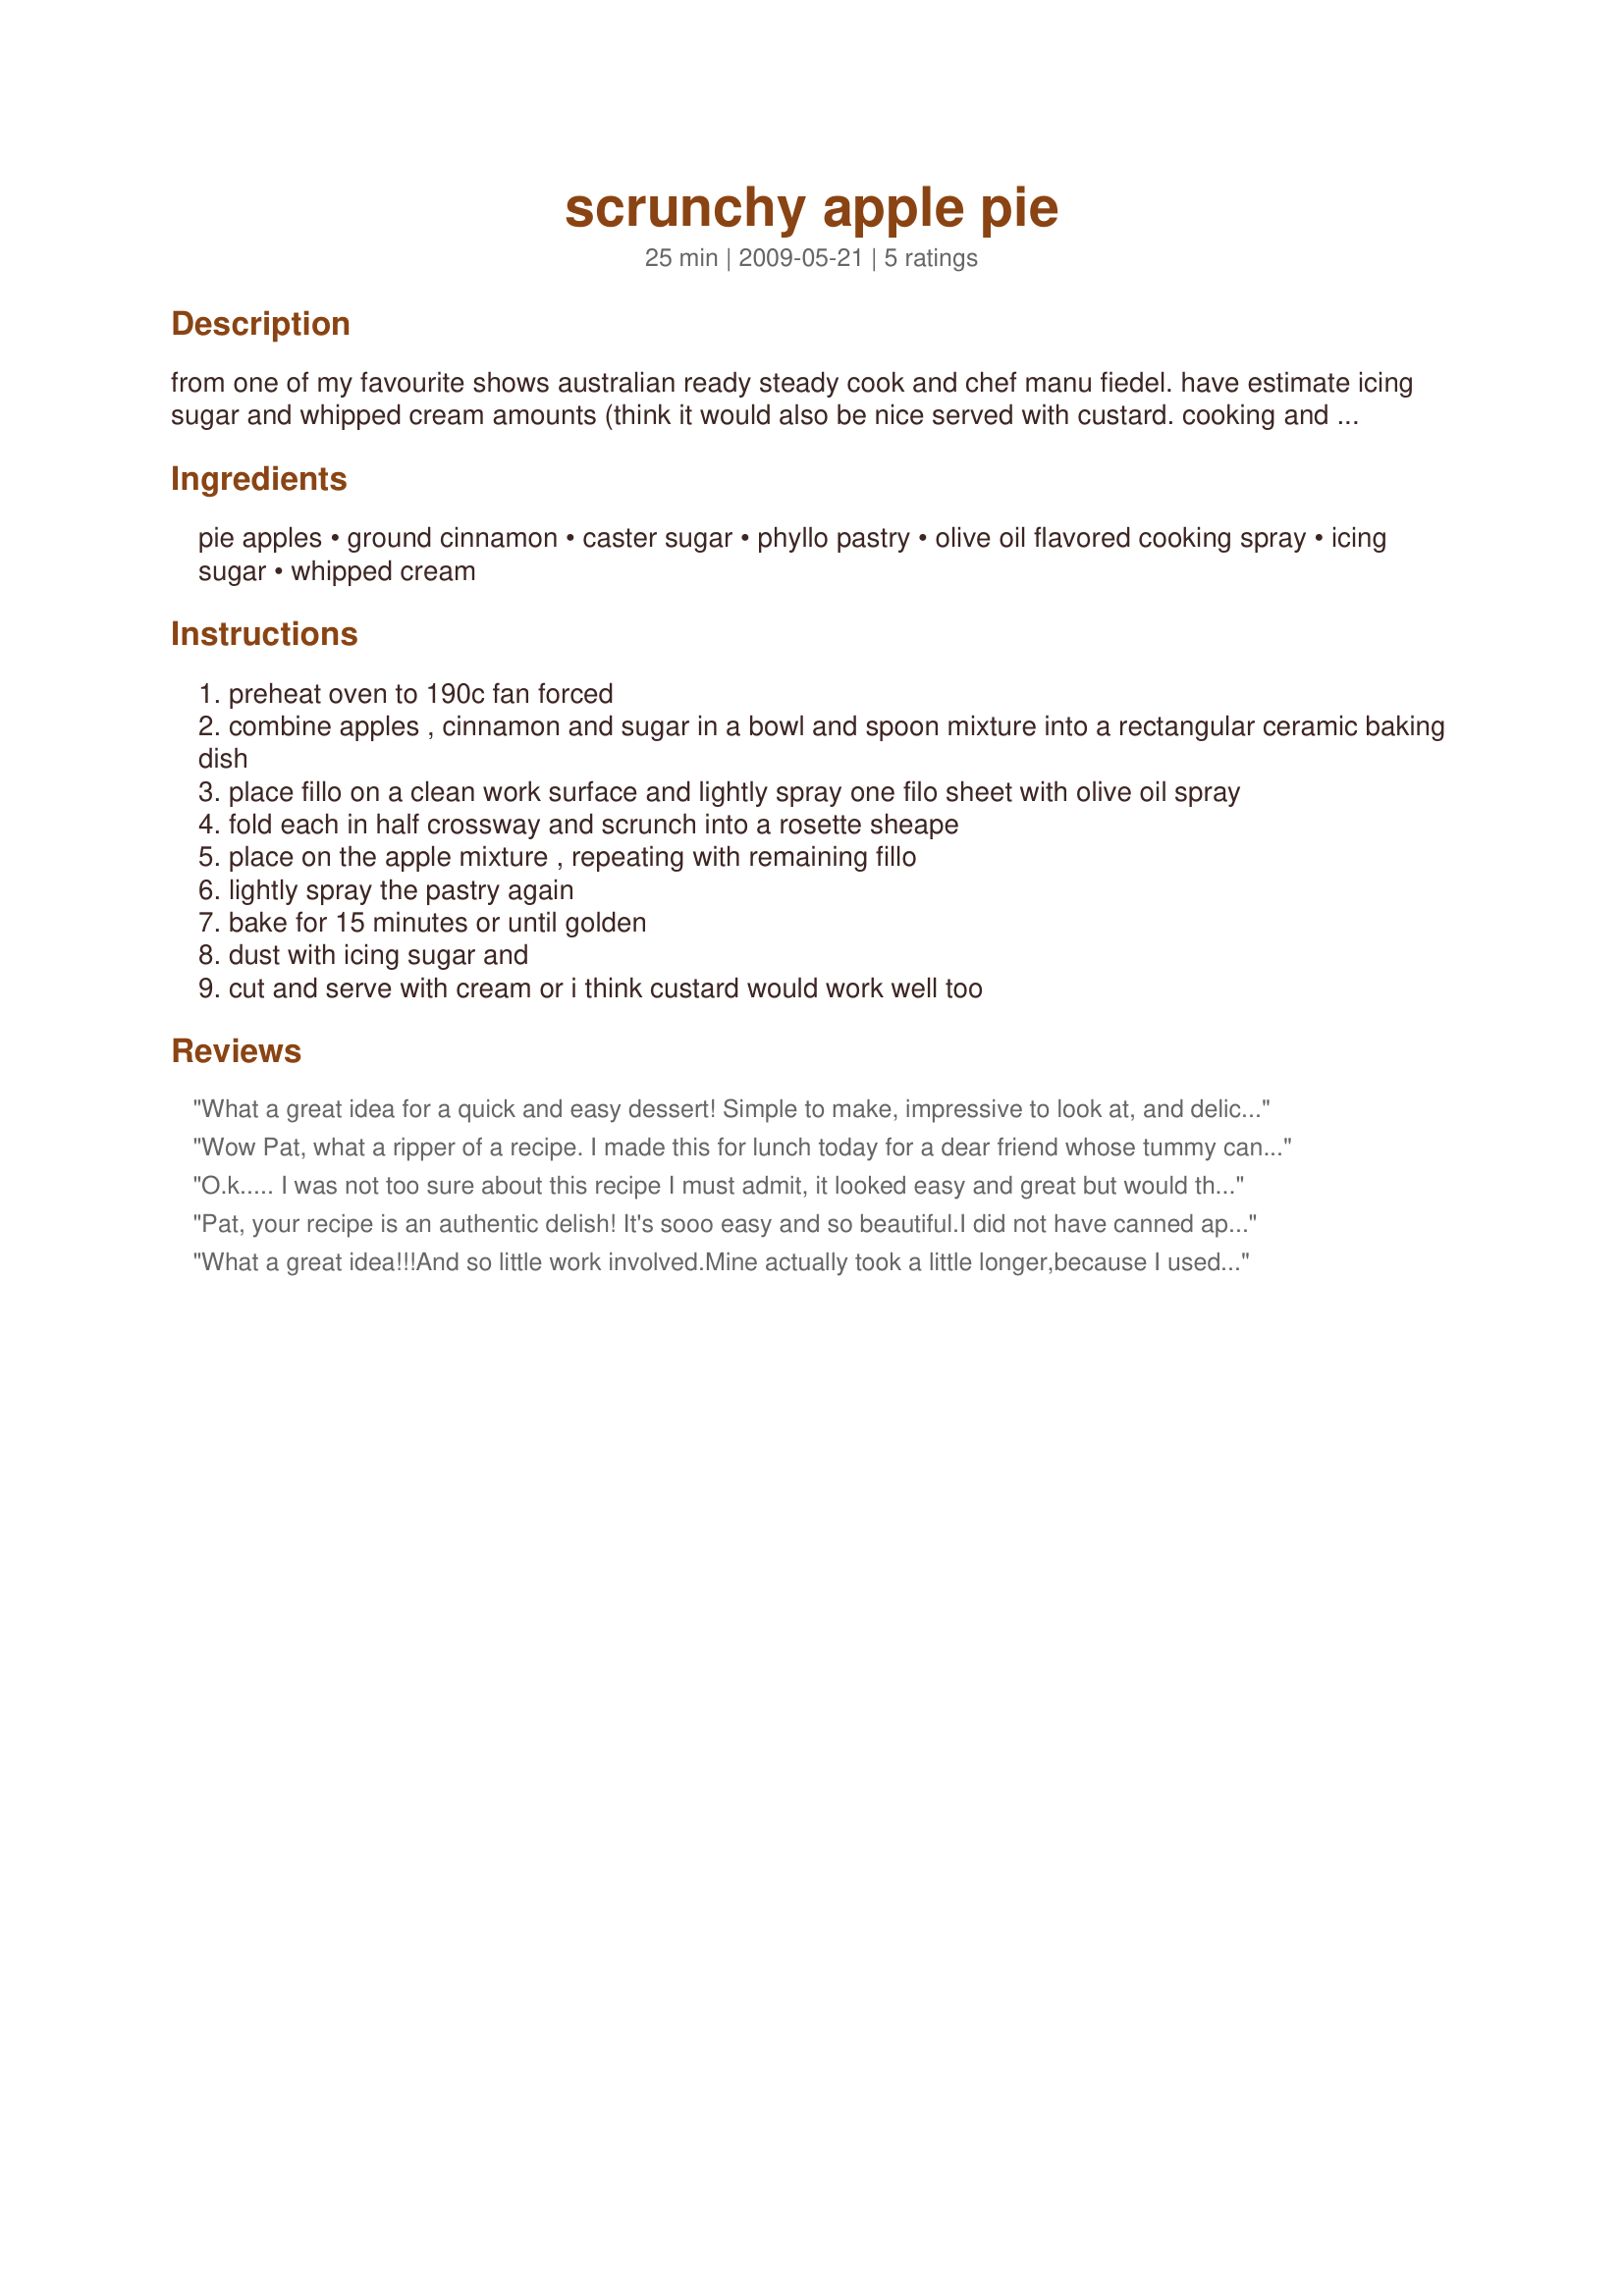
scrunchy apple pie
Preparation time: 25 minutes

from one of my favourite shows australian ready steady cook and chef manu fiedel. have estimate icing sugar and whipped cream amounts (think it would also be nice served with custard. cooking and preparation times are estimated.

Ingredients:
pie apples, ground cinnamon, caster sugar, phyllo pastry, olive oil flavored cooking spray, icing sugar, whipped cream

Steps:
preheat oven to 190c fan forced
combine apples , cinnamon and sugar in a bowl and spoon mixture into a rectangular ceramic baking dish
place fillo on a clean work surface and lightly spray one filo sheet with olive oil spray
fold each in half crossway and scrunch into a rosette sheape
place on the apple mixture , repeating with remaining fillo
lightly spray the pastry again
bake for 15 minutes or until golden
dust with icing sugar and
cut and serve with cream or i think custard would work well too

Reviews:
What a great idea for a quick and easy dessert! Simple to make, impressive to look at, and delicious. I'm sure any flavor of pie filling would be great with this. Served warm with vanilla ice cream and really enjoyed - thanks for posting the recipe!
Wow Pat, what a ripper of a recipe. I made this for lunch today for a dear friend whose tummy can't cope with regular pastry anymore. I added some wild blackberries we had in the freezer and we ate it with custard. I had a 800g can of apples and managed to use all the filo.
O.k..... I was not too sure about this recipe I must admit, it looked easy and great but would the family like it ....another thing????
So her is the verdict......
This is one fantastic apple pie, so easy with such a fantastic flavour and the texture from the pastry just made this a superb dessert!
I made nearly as per recipe........ only one thing different I used fresh apples and cooked them a few minutes in the microwave other than that..... everything was the same as the recipe.
I did have a problem with my pastry........... It was frozen pastry I bought and when I defrosted and unfolded it it was all torn in the packet. So with improvised rosettes I didn't do too bad........... if I do say so myself!
Gorgeous recipe, easy peasy and wonderful flavours, I should never have doubted one of Pat's recipes in the first place!
Pat, the family loved this pie..... served with cream it was demolished with ewww's amd ahhh's in an instant!
I have left over pastry & even with it being torn...... I will be making again soon.
Pat, your recipe is an authentic delish! It's sooo easy and so beautiful.<br/>I did not have canned apples and I used fresh ones. I simply prepared the recipe as described prior placing the filling I baked the apples about 15 minutes until slightly soft. <br/>I used frozen fillo which was a little dehydrated. I had to brush the sheets with water and then shape them to roses. In any case this was not a big problem and the roses came out very cute and impressive. <br/>Thanks a lot for this recipe, it's a real winner and I will do it again!
What a great idea!!!And so little work involved.Mine actually took a little longer,because I used apples rather than the canned variety,which is not available,but it was still fast and so easy to put together. I added a little lemon rind and even though I'm a big fan of apple pie I prefer this one to it.I don't like getting dough on my hands. Thanks for sharing another great recipe.
